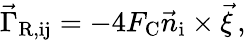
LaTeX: \vec{\Gamma}_{\mathrm{R,ij}}=-4F_{\mathrm{C}}\vec{n}_{\mathrm{i}}\times\vec{\xi}\, ,